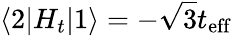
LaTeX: \langle 2|H_{t}|1\rangle=-\sqrt{3}t_{\mathrm{eff}}